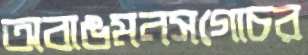
অবাঙমনসগোচর